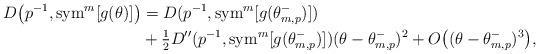
LaTeX: \begin{align*}D\big(p^{-1},{\rm sym}^m[g(\theta)]\big)& = D(p^{-1},{\rm sym}^m[g(\theta_{m,p}^-)])\\& + \tfrac{1}{2}D''(p^{-1},{\rm sym}^m[g(\theta_{m,p}^-)])(\theta-\theta_{m,p}^-)^2+ O\big((\theta-\theta_{m,p}^-)^3\big),\end{align*}